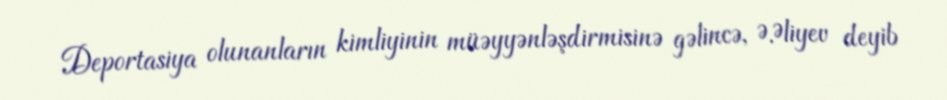
Deportasiya olunanların kimliyinin müəyyənləşdirmisinə gəlincə, Ə.Əliyev deyib